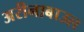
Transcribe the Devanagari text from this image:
अरीनाबाउल